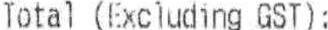
TOTAL (EXCLUDING GST):